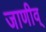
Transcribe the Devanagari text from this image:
जाणीव्